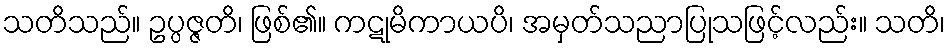
သတိသည်။ ဥပ္ပဇ္ဇတိ၊ ဖြစ်၏။ ကဋုမိကာယပိ၊ အမှတ်သညာပြုသဖြင့်လည်း။ သတိ၊